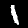
Digit: 1